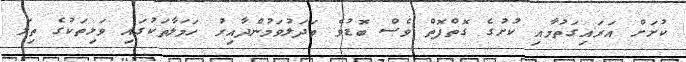
ކުށަށް އަރައިގަތުމާއި ކުށުގެ ގޮތްފޮތް ވެސް ބޮޑުވެ ބަދަލުވަމުންދާއިރު ހަމަލާތަކުގައި ވަޅިތަކުގެ ތިލަ